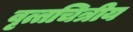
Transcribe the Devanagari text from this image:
वृत्तचित्रीय